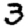
Digit: 3